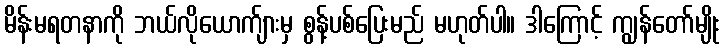
မိန်းမရတနာကို ဘယ်လိုယောက်ျားမှ စွန့်ပစ်ပြေးမည် မဟုတ်ပါ။ ဒါကြောင့် ကျွန်တော်မျိုး